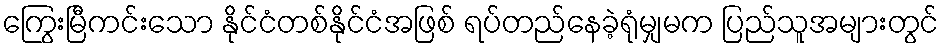
ကြွေးမြီကင်းသော နိုင်ငံတစ်နိုင်ငံအဖြစ် ရပ်တည်နေခဲ့ရုံမျှမက ပြည်သူအများတွင်